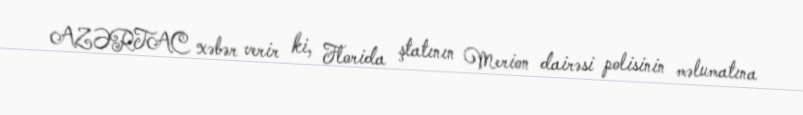
AZƏRTAC xəbər verir ki, Florida ştatının Merion dairəsi polisinin məlumatına